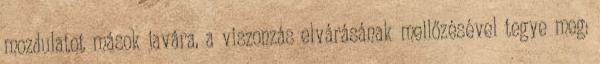
mozdulatot mások javára, a viszonzás elvárásának mellőzésével tegye meg: